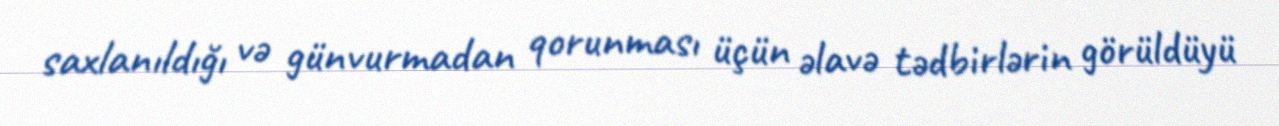
saxlanıldığı və günvurmadan qorunması üçün əlavə tədbirlərin görüldüyü